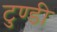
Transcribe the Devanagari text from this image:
टुण्डी